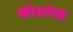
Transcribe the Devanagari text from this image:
कोयनेस